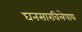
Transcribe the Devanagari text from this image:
घनसारविलेपाय